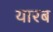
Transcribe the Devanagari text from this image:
यारब